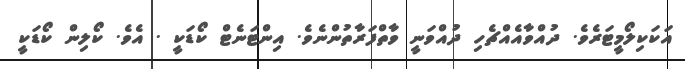
އަކަކިލޯމީޓަރެވެ. ދުއްވާއެއްޗެހި ދުއްވަނީ ވާތްފަރާތުންނެވެ. އިންޓަނެޓް ކޯޑަކީ . އެވެ. ކޯލިން ކޯޑަކީ